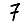
Digit: 7